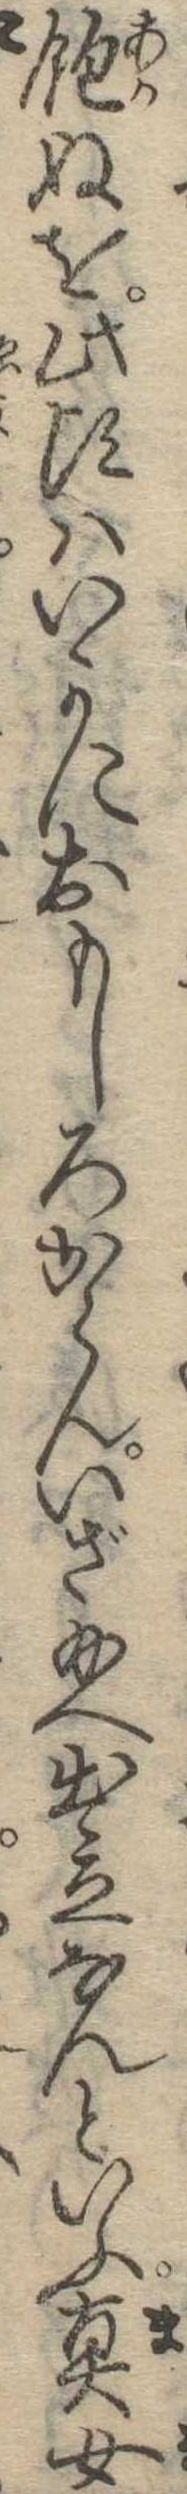
飽ぬを此頃はいかにおもしろからんいざ給へ出立なんといふ真女